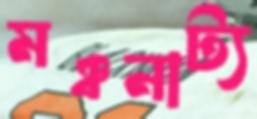
মঞ্চনাট্য